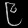
Digit: ၉